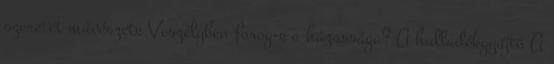
szeretet művészete Veszélyben forog-e a házassága? A hulladékgyűjtő A